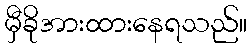
မှီခိုအားထားနေရသည်။